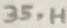
Text: 35.H